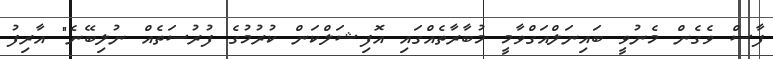
ފާސް ވެގެން މެނުވީ ބައިނަލްއަގްވާމީ މުބާރާތެއްގައި އޮފިޝަލްކަން ކުރުމުގެ ފުރުސަތެއް ނުލިބޭނެ" އާރިފު